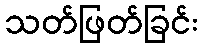
သတ်ဖြတ်ခြင်း